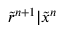
\tilde { r } ^ { n + 1 } | \tilde { x } ^ { n }